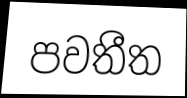
පවතීත